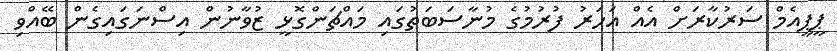
ޕީޕީއެމް ސަރުކާރަށް އެއް އަހަރު ފުރުމުގެ މުނާސަބަތުގައި މައްޗަންގޮޅީ ޒުވާނުން އިސްނަގައިގެން ބޭއްވި